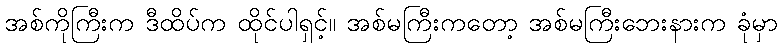
အစ်ကိုကြီးက ဒီထိပ်က ထိုင်ပါရှင့်။ အစ်မကြီးကတော့ အစ်မကြီးဘေးနားက ခုံမှာ